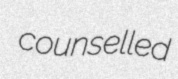
counselled